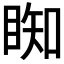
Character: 𥇭